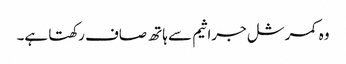
وہ کمرشل جراثیم سے ہاتھ صاف رکھتا ہے۔